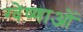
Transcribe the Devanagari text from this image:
ग्वेष्णाओं